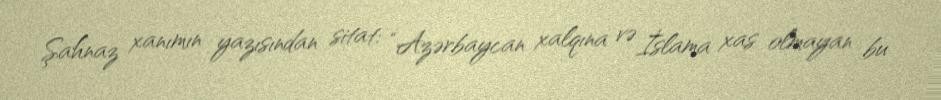
Şahnaz xanımın yazısından sitat: “Azərbaycan xalqına və İslama xas olmayan bu